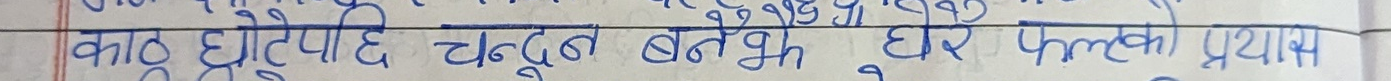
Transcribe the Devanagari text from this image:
काठ धोटे पछि चंदू बनै भैं घर फलको प्रयास